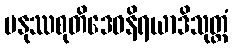
မနုဿစုတိဒေဝနိရယာဒိသုတ္တံ